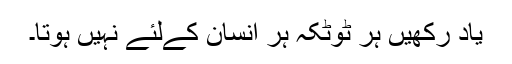
یاد رکھیں ہر ٹوٹکہ ہر انسان کےلئے نہیں ہوتا۔